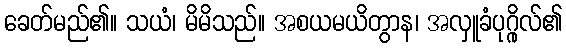
ခေတ်မည်၏။ သယံ၊ မိမိသည်။ အစယမယိတွာန၊ အလှူခံပုဂ္ဂိုလ်၏